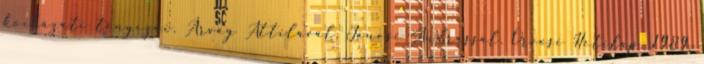
kockázati tényezői. Árvay Attilával, Jánosi Andrással. Orvosi Hetilap, 1989.